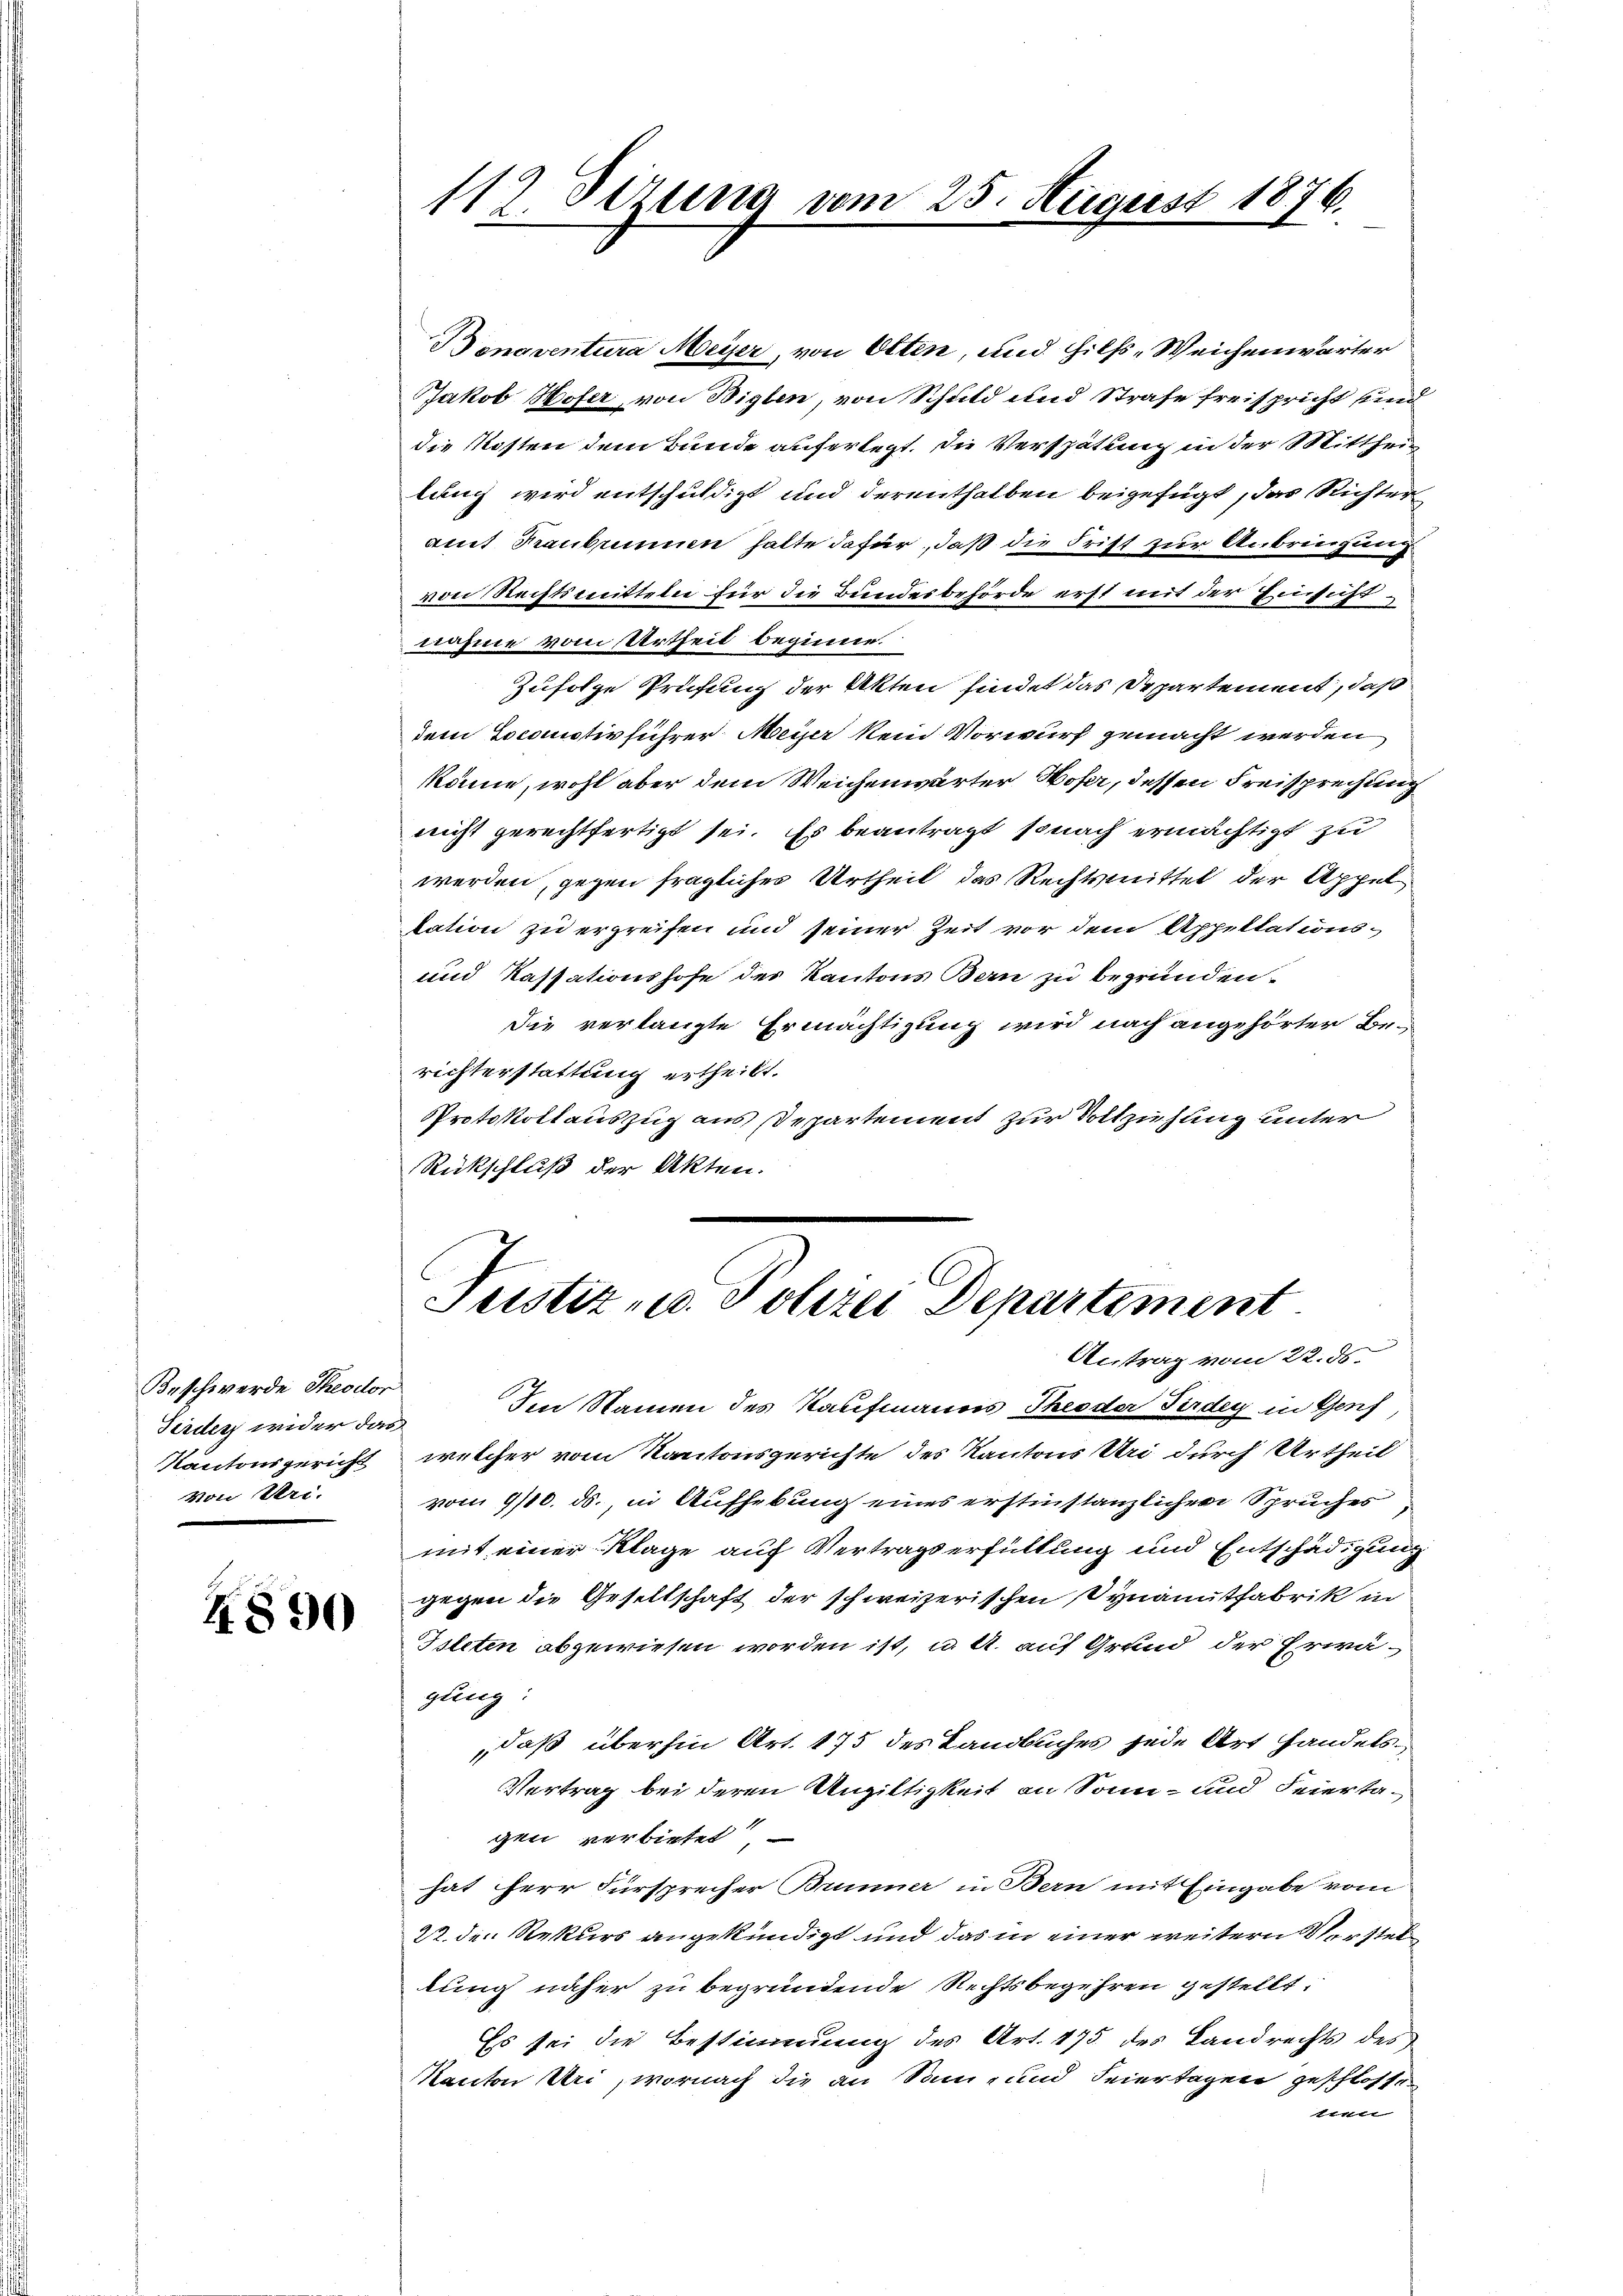
Beschwerde Theodor
Firden wider das
Kantonsgericht
Von Pri-

4890

Bonaventura Meyer, von Otten, und Hilfs-Weichenwärter
Jakob Hofer, von Wiglen, von Schuld und Strafe freispricht sind
die Kosten dem Bunde auferlegt, die Verspätung in der Mittheilung wird entschuldigt und derenthalben beigefügt, das Richter
amt Raubennen hatte dafür, daß die Frist zur Anbringung
von Rechtsmitteln für die Bundesbehörde erst mit der Einsichtnahme vom Urtheil beginne.
Zufolge Prüfung der Akten findet das Departement, daß
dem Locomotivführer Meiser kein Vorwurf gemacht werden
köne, wohl aber dem Weichenwärter Wofer, dessen Freisprechung
nicht gerechtfertigt sei. Es beantragt, sonach ermächtigt zu
werden, gegen fragliches Urtheil das Rechtsmittel der Appel
lation zu ergreifen und seiner Zeit vor dem Appellations¬
und Kassationshofe des Kantons Bern zu begründen.
Die verlangte Ermächtigung wird nach angehörter Berichterstattung ertheilt.
Protokollauszug aus Departement zur Vollziehung unter
Rückschluß der Akten.

112 Sezung vom 25. August 1876.

Justiz- u. Polizei Departement

Antrag vom 22. ds.
Im Namen des Kaufmanns Theoder Firdey in Genf,
welcher vom Kantonsgerichte des Kantons Uri durch Urtheil
von 9/10. ds., in Aufhebung eines erstinstanzlichen Spruches
mit einer Klage auf Vertragserfüllung und Entschädigung
gegen die Gesellschaft der schweizerischen Synamutfabrik in
Tileten abzuwiesen worden ist, u. A. auf Grund der Erwägung:
daß überhin Art. 175 des Landbuches jede Art Handels¬
Vertrag bei deren Ungültigkeit an Sonn- und Feiertagen verbietet.
hat Herr Fürsprecher Brunner in Bern mit Eingabe vom
22. den Rekurs angekündigt und das in einer weitern Verstellung näher zu begründende Rechtsbegehren gestellt,
Es sei die Bestimmung des Art. 175 des Landrechts des
Kanton Uri, wornach die an Sonn- und Feiertagen geschlossen
l